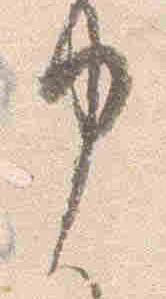
申